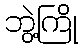
ဘွဲ့ကြို